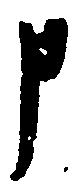
申